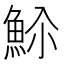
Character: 𬵊